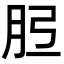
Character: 𦙠